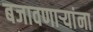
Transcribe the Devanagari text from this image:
बजावणाऱ्यांना